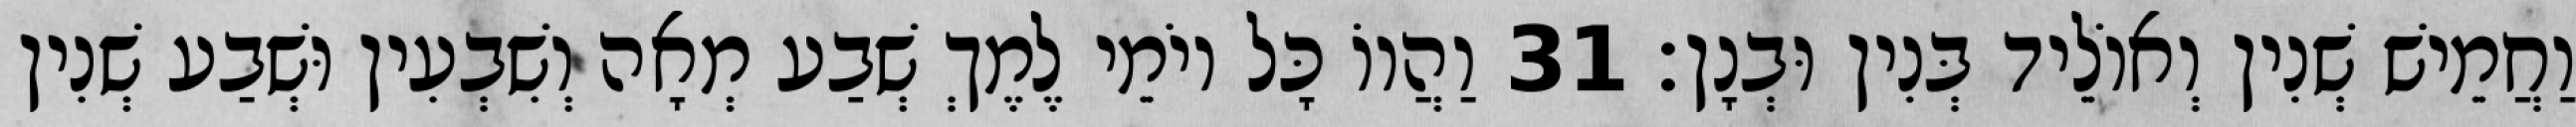
וַחֲמֵישׁ שְׁנִין וְאוֹלֵיד בְּנִין וּבְנָן׃ 31 וַהֲווֹ כָּל יוֹמֵי לֶמֶךְ שְׁבַע מְאָה וְשִׁבְעִין וּשְׁבַע שְׁנִין